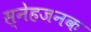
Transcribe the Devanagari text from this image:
स्नेहजनक